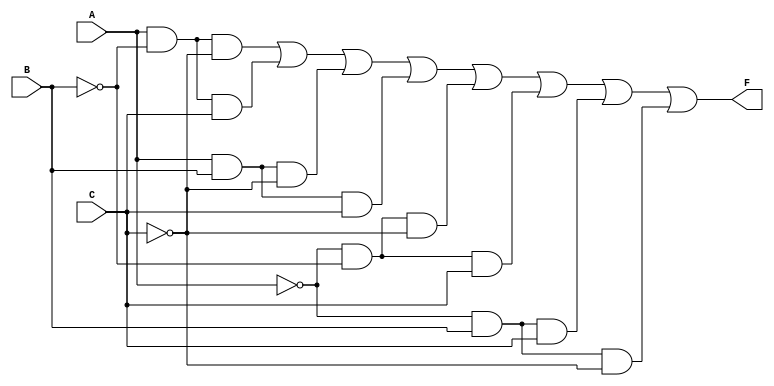
module kmap_3var (
    input wire A,   // Input variable A
    input wire B,   // Input variable B
    input wire C,   // Input variable C
    output wire F   // Output function F
);

// K-map implementation
// The output F is derived from the K-map based on the minterms
assign F = (A & ~B & ~C) |  // m4
           (A & ~B & C)  |  // m5
           (A & B & ~C)  |  // m6
           (A & B & C)   |  // m7
           (~A & ~B & ~C) | // m0
           (~A & ~B & C)  | // m1
           (~A & B & C)   | // m3
           (~A & B & ~C);   // m2

endmodule